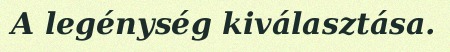
A legénység kiválasztása.